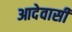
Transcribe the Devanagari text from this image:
आदेवासी